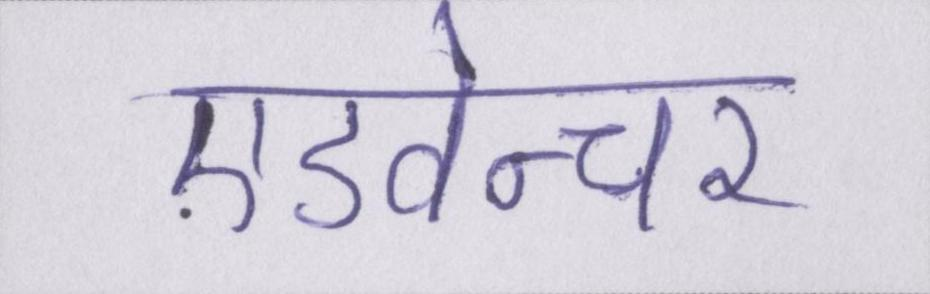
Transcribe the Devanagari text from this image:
एडवेन्चर